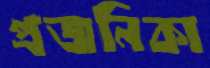
প্রজনিকা